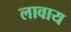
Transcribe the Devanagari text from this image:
लावाय